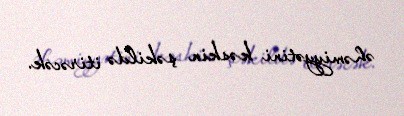
əhəmiyyətini kəskin şəkildə itirəcək.